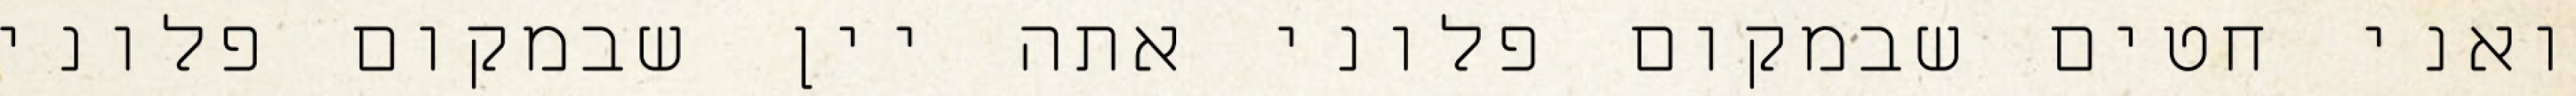
ואני חטים שבמקום פלוני אתה יין שבמקום פלוני